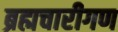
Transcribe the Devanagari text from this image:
ब्रह्मचारीगण